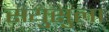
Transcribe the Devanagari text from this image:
संयुसुला